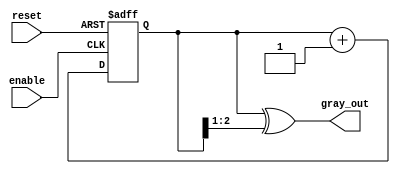
module gray_code_async_counter (
    input wire reset,          // Asynchronous reset
    input wire enable,         // Enable signal to start counting
    output reg [n-1:0] gray_out // Output in Gray code
);
    parameter n = 3; // Number of bits for the Gray code counter

    // Internal signals to hold the binary count
    reg [n-1:0] binary_count;

    // Function to convert binary to Gray code
    function [n-1:0] binary_to_gray;
        input [n-1:0] binary;
        begin
            binary_to_gray = binary ^ (binary >> 1);
        end
    endfunction

    // Asynchronous reset and counting logic
    always @(posedge enable or posedge reset) begin
        if (reset) begin
            binary_count <= 0; // Reset binary count to 0
        end else begin
            binary_count <= binary_count + 1; // Increment binary count
        end
    end

    // Update Gray code output based on binary count
    always @(*) begin
        gray_out = binary_to_gray(binary_count);
    end

endmodule